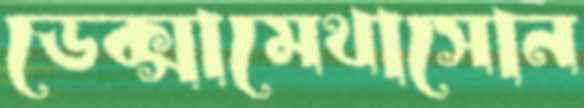
ডেক্সামেথাসোন